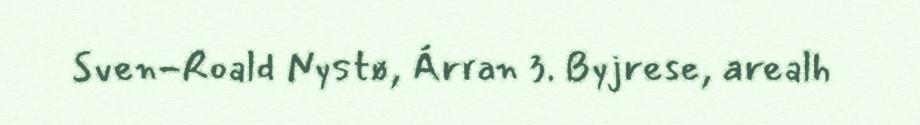
Sven-Roald Nystø, Árran 3. Byjrese, arealh